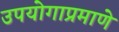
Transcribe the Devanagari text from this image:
उपयोगाप्रमाणे